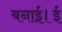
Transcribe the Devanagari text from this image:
बनाई।ई